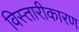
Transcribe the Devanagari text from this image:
विस्तारीकारण